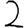
Digit: 2